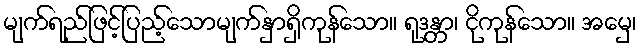
မျက်ရည်ဖြင့်ပြည့်သောမျက်နှာရှိကုန်သော။ ရုဒန္တာ၊ ငိုကုန်သော။ အမှေ၊